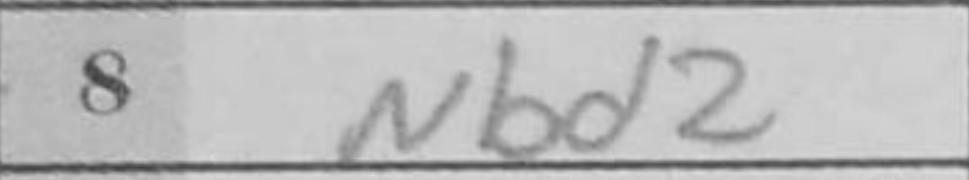
Transcription: Nbd2